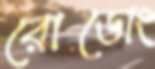
রোডোং